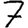
Digit: 7